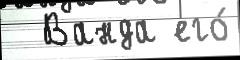
  Ванда его́